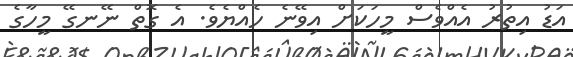
އަޑު އިތުރު އެއްވެސް މީހަކަށް އިވޭނެ ހެއްޔެވެ. އެ ގޮތް ނޭނގޭ މީހާގެ